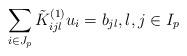
LaTeX: \begin{align*} \sum_{i \in J_p} \tilde K_{ijl}^{(1)} u_i= b_{jl}, l, j \in I_p\end{align*}